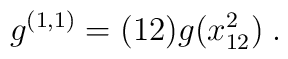
g^{(1,1)} = (12)g(x^2_{12})\;.